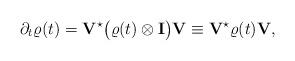
LaTeX: \begin{align*}\partial_t\varrho(t)=\mathbf{V}^\star\big(\varrho(t)\otimes\mathbf{I}\big)\mathbf{V}\equiv \mathbf{V}^\star\varrho(t)\mathbf{V},\end{align*}